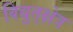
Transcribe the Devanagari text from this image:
विद्युत्‌क्षेत्र